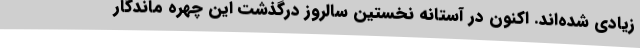
زیادی شده‌اند. اکنون در آستانه نخستین سالروز درگذشت این چهره ماندگار